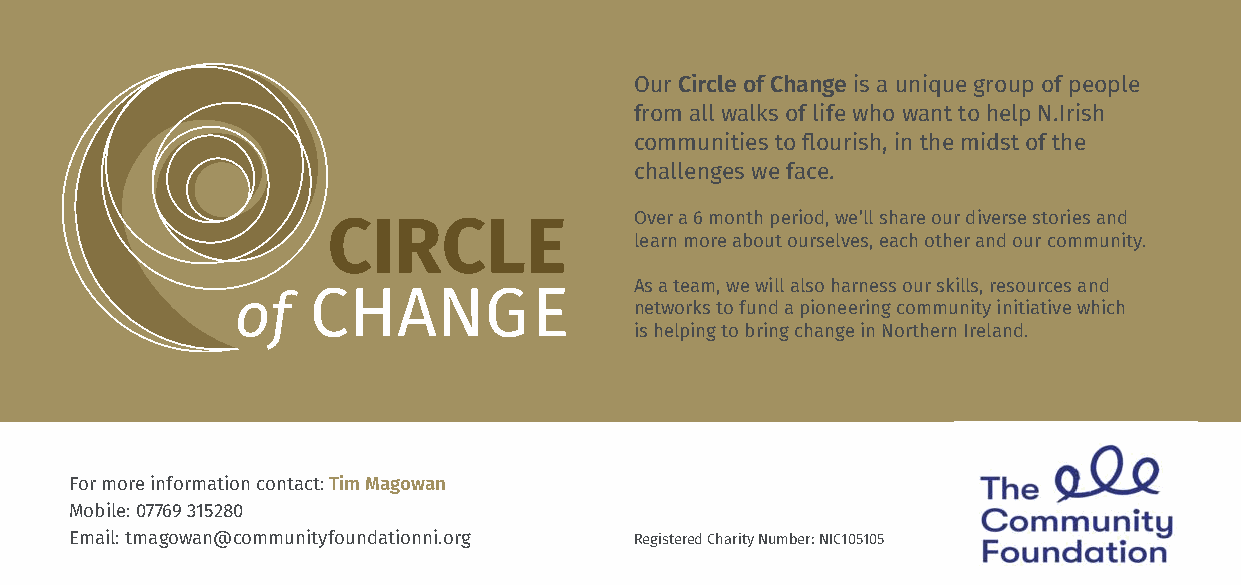
Our Circle of Change is a unique group of people
 from all walks of life who want to help N.Irish
 communities to flourish, in the midst of the
 challenges we face.
 Over a 6 month period, we’ll share our diverse stories and
 CIRCLE
 learn more about ourselves, each other and our community.
 As a team, we will also harness our skills, resources and
 of  CHANGE                networks to fund a pioneering community initiative which
 is helping to bring change in Northern Ireland.
 For more information contact: Tim Magowan
 Mobile: 07769 315280
 Email: tmagowan@communityfoundationni.org Registered Charity Number: NIC105105